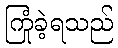
ကြုံခဲ့ရသည်